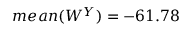
m e a n ( W ^ { Y } ) = - 6 1 . 7 8